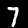
Digit: 7